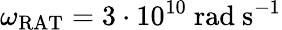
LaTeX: {\omega_{\mathrm{RAT}}=3\cdot 10^{10}\ \mathrm{rad\ s^{-1}}}